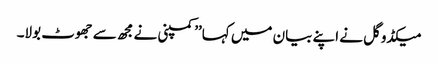
میکڈوگل نے اپنے بیان میں کہا’’کمپنی نے مجھ سے جھوٹ بولا۔